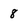
Character: 8